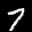
Label: 7